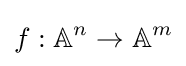
f:\mathbb {A} ^{n}\to \mathbb {A} ^{m}